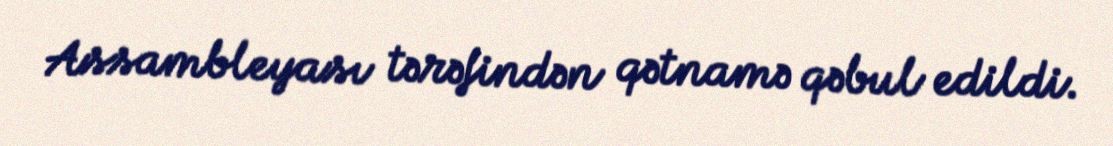
Assambleyası tərəfindən qətnamə qəbul edildi.